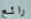
رائع